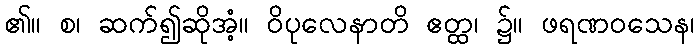
၏။ စ၊ ဆက်၍ဆိုအံ့။ ဝိပုလေနာတိ ဧတ္ထ၊ ၌။ ဖရဏဝသေန၊